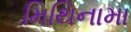
મિથિનામા